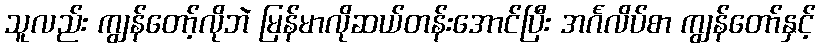
သူလည်း ကျွန်တော့်လိုဘဲ မြန်မာလိုဆယ်တန်းအောင်ပြီး အင်္ဂလိပ်စာ ကျွန်တော်နှင့်